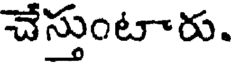
చేస్తుంటారు.